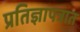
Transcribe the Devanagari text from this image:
प्रतिज्ञापत्रात